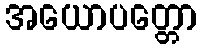
အယောပတ္တော